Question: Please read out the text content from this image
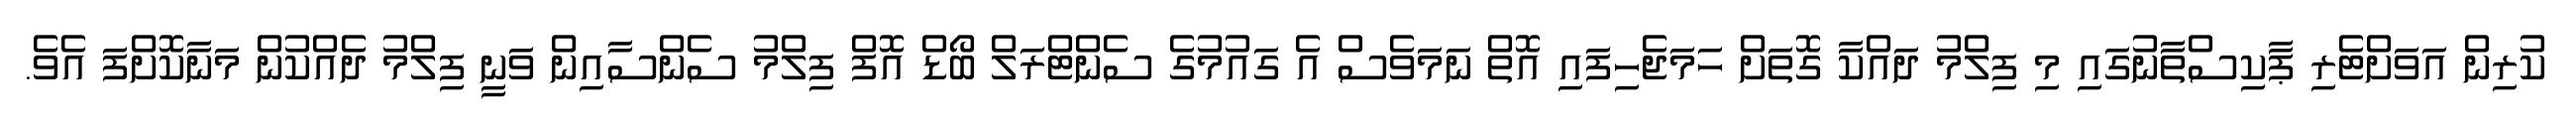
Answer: ކުރިން އަވަށްޓެރި ޕާކިސްތާނުގައި މި ފިލްމު ދައްކާ ގޮތަށް ހަމަޖެހިފައި އޮތް ނަމަވެސް އެ ގައުމުގެ ސެންޓްރަލް ބޯޑް އޮފް ފިލްމު ސެންސާއިން ވަނީ ފިލްމު ދެއްކުން މަނާކޮށްފަ އެވެ.